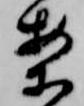
案